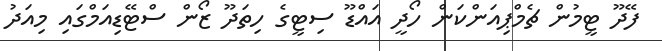
ފޭދޫ ޓީމުން ޗެމްޕިއަންކަން ހޯދީ އައްޑޫ ސިޓީގެ ހިތަދޫ ޒޯން ސްޓޭޑިއަމްގައި މިއަދު